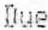
DUE